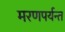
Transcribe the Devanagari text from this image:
मरणपर्यन्त